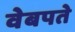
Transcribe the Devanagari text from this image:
वेबपते